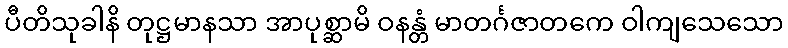
ပီတိသုခါနိ တုဋ္ဌမာနသာ အာပုစ္ဆာမိ ဝနန္တံ မာတင်္ဂဇာတကေ ဝါကျသေသော